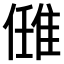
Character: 𨿂